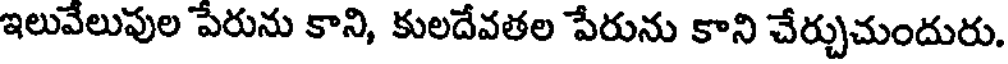
ఇలువేలుపుల పేరును కాని, కులదేవతల పేరును కాని చేర్చుచుందురు.